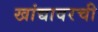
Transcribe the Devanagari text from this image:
खांद्यावरची